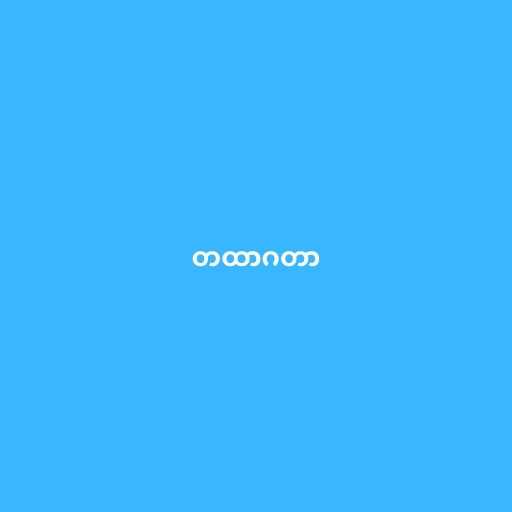
တထာဂတာ